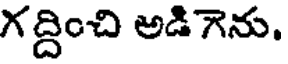
గద్దించి అడిగెను.